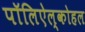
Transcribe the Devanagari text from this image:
पॉलिऐल्कोहल